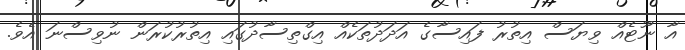
އާ ނޫޓެއް ވިޔަސް އިތުރު ފައިސާގެ އަދަދުތަކެއް އިގްތިސާދުގައި އިތުރުކުރަން ނުވިސްނަ އެވެ.